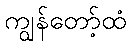
ကျွန်တော့်ထံ